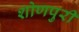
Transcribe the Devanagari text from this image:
शोणपुरी